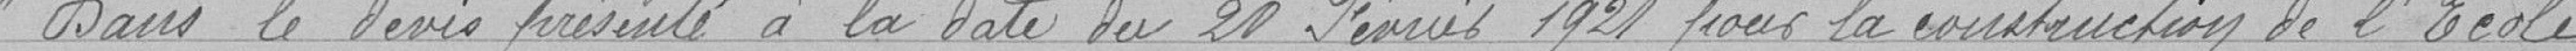
" Dans le devis présenté à la date du 20 février 1921 pour la construction de l'école